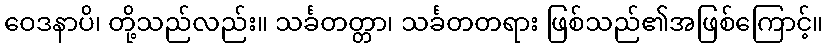
ဝေဒနာပိ၊ တို့သည်လည်း။ သင်္ခတတ္တာ၊ သင်္ခတတရား ဖြစ်သည်၏အဖြစ်ကြောင့်။